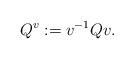
LaTeX: \begin{align*}Q^{v}: = v^{-1}Qv.\end{align*}